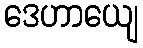
ဒေဟာယျေ